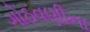
ગોઠવણીના